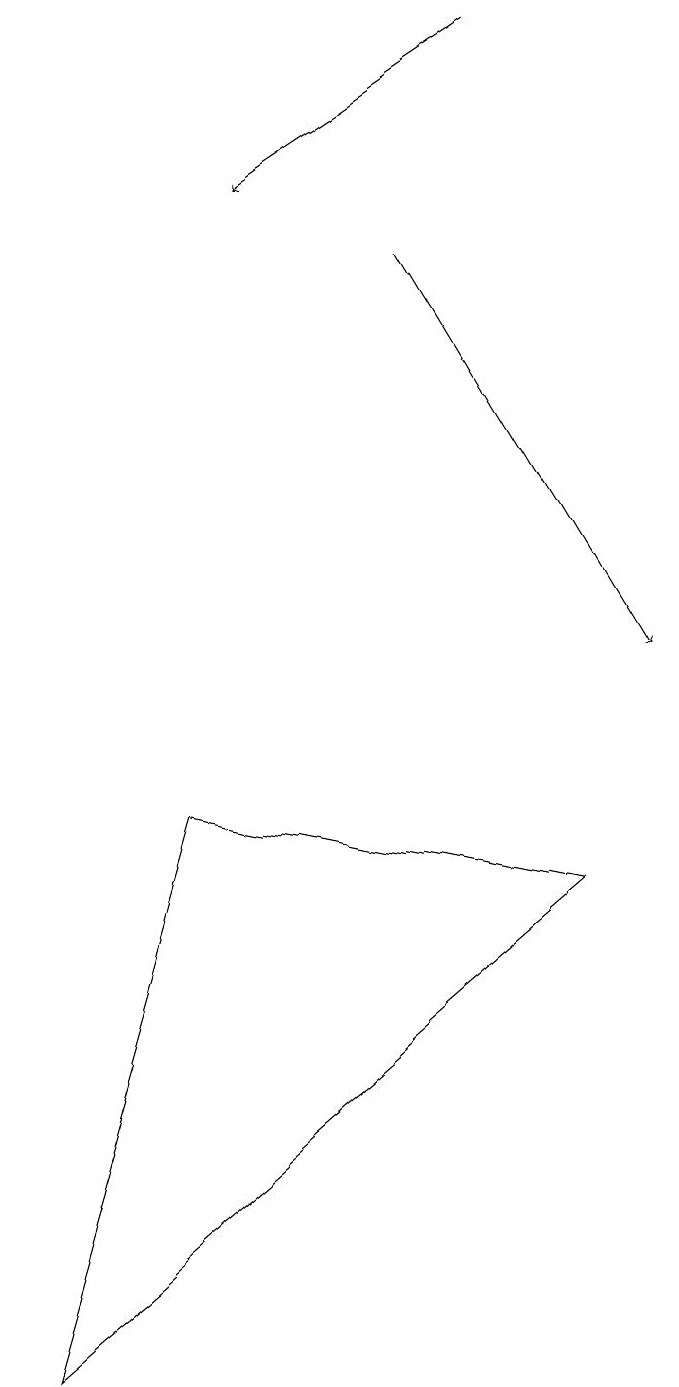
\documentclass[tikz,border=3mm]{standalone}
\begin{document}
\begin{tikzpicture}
\draw[->] (6,16) -- (9,11);
\draw (8,8) -- (3,9) -- (1,2) -- cycle;
\draw[->] (7,19) -- (4,17);
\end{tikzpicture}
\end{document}